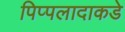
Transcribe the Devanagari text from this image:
पिप्पलादाकडे